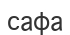
сафа